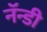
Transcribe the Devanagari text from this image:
नॅन्डी